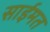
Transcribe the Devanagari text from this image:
साईमत